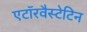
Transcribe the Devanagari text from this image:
एटॉरवैस्टेटिन